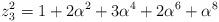
LaTeX: \begin{align*} z_3^2 = 1 + 2 \alpha^2 + 3 \alpha^4 + 2 \alpha^6 + \alpha^8 \end{align*}